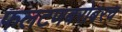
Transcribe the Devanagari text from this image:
फलटणबरोबरच